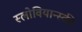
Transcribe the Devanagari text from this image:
स्लोवियान्स्की